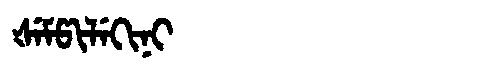
Manchu: ᡧᡝᠮᡦᡳᠯᡝᡴᡳᠨᡳ
Romanization: ŠEMPILEKINI